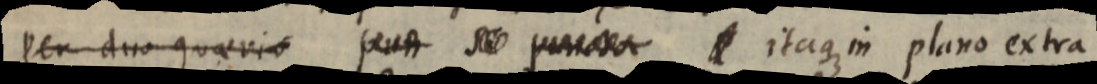
Per duo quaeris _ itaque in plano extra